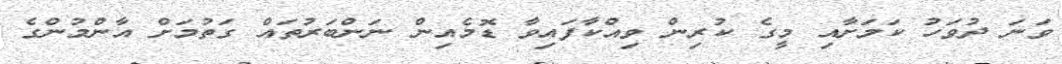
ވަނަ ދުވަހު ކަމަށާއި މީގެ ކުރިން ވިއްކާފައިވާ ޑޮމެއިން ނަންބަރުތައް ގަތުމަށް އާންމުންގެ